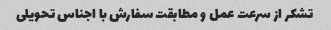
تشکر از سرعت عمل و مطابقت سفارش با اجناس تحویلی